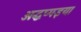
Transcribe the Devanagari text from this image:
अद्धप्पइया